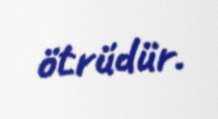
ötrüdür.